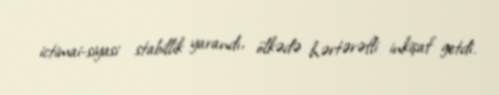
ictimai-siyasi stabillik yarandı, ölkədə hərtərəfli inkişaf getdi.